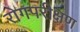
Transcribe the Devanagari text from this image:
रोगपरीक्षण